Annual report of the Imperial Bacteriologist
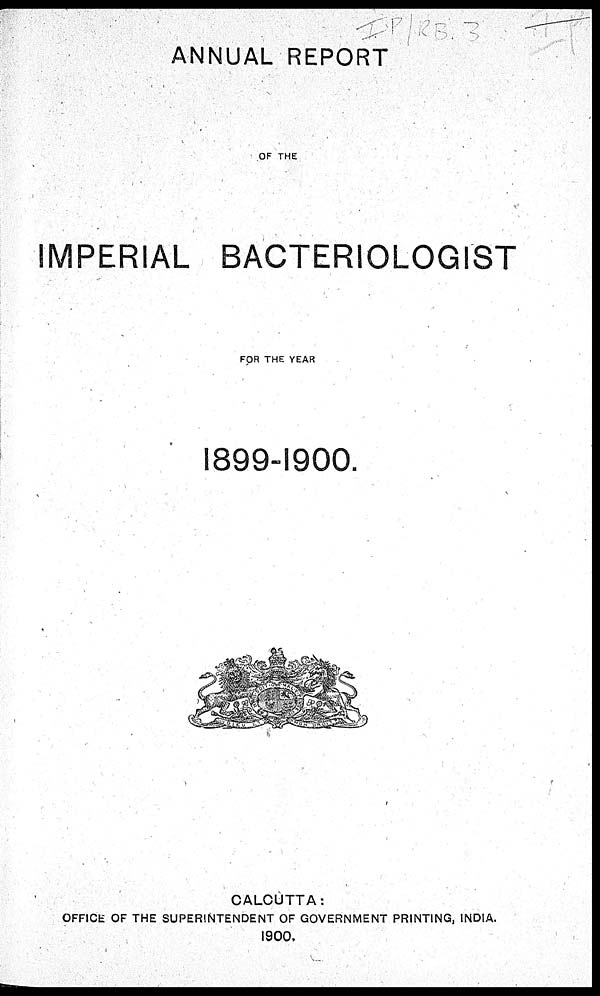
ANNUAL REPORT
OF THE
IMPERIAL BACTERIOLOGIST
FOR THE YEAR
1899-1900.
CALCUTTA:
OFFICE OF THE SUPERINTENDENT OF GOVERNMENT PRINTING, INDIA.
1900.